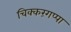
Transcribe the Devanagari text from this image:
चिक्करंगप्पा